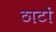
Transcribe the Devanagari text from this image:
ठाटों